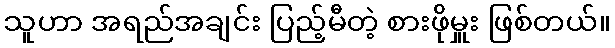
သူဟာ အရည်အချင်း ပြည့်မီတဲ့ စားဖိုမှူး ဖြစ်တယ်။